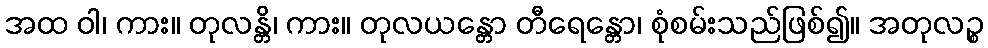
အထ ဝါ၊ ကား။ တုလန္တိ၊ ကား။ တုလယန္တော တီရေန္တော၊ စုံစမ်းသည်ဖြစ်၍။ အတုလဉ္စ